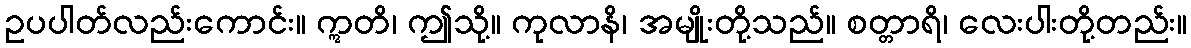
ဥပပါတ်လည်းကောင်း။ ဣတိ၊ ဤသို့။ ကုလာနိ၊ အမျိုးတို့သည်။ စတ္တာရိ၊ လေးပါးတို့တည်း။